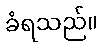
ခံရသည်။